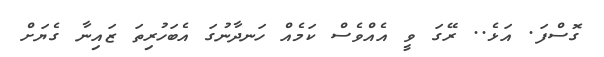
ގޮސްފަ. އަޅެ.. ރޭގަ ވީ އެއްވެސް ކަމެއް ހަނދާނުގަ އެބަހުރިތަ ޒައިނާ ގެޔަށް